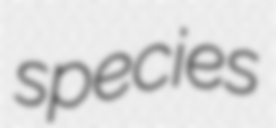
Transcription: species